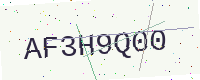
Text: AF3H9Q00